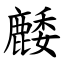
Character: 䴧